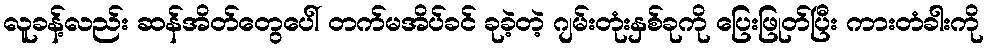
လူခန့်လည်း ဆန်အိတ်တွေပေါ် တက်မအိပ်ခင် ခုခဲ့တဲ့ ဂျမ်းတုံးနှစ်ခုကို ပြေးဖြုတ်ပြီး ကားတံခါးကို